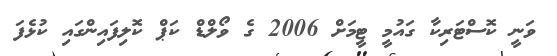
ވަނީ ކޮސްޓަރިކާ ގައުމީ ޓީމަށް 2006 ގެ ވޯލްޑް ކަޕް ކޮލިފައިންގައި ކުޅެފަ